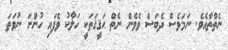
ނެތްތާއެވެ. ނަމަވެސް ދެބަސް ވެެވެން ނެތް ޙަޤީޤަތަކީ ހަލާކު ވެފައި ހުންނަ ނުވަތަ